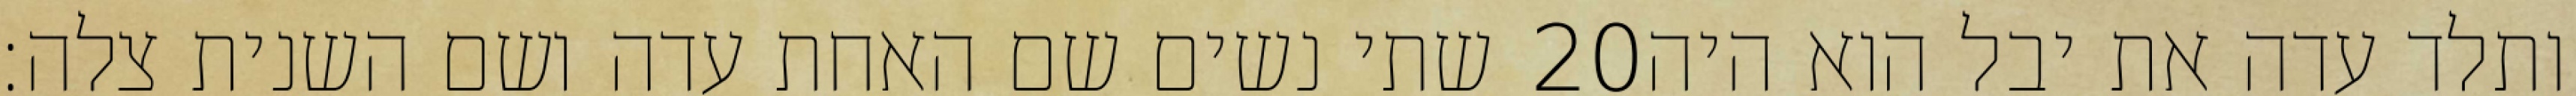
שתי נשים שם האחת עדה ושם השנית צלה׃ ‎20‏ ותלד עדה את יבל הוא היה